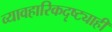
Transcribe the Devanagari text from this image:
व्यावहारिकदृष्ट्याही